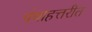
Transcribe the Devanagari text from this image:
पंचाहत्तरीत